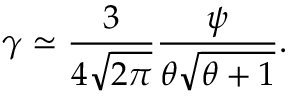
\gamma \simeq { \frac { 3 } { 4 \sqrt { 2 \pi } } } { \frac { \psi } { \theta \sqrt { \theta + 1 } } } .